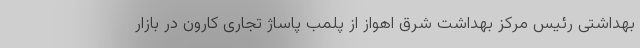
بهداشتی رئیس مرکز بهداشت شرق اهواز از پلمب پاساژ تجاری کارون در بازار